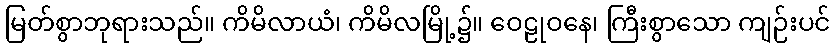
မြတ်စွာဘုရားသည်။ ကိမိလာယံ၊ ကိမိလမြို့၌။ ဝေဠုဝနေ၊ ကြီးစွာသော ကျဉ်းပင်